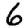
Digit: 6